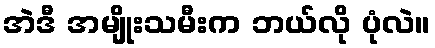
အဲဒီ အမျိုးသမီးက ဘယ်လို ပုံလဲ။